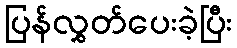
ပြန်လွှတ်ပေးခဲ့ပြီး